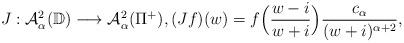
LaTeX: \begin{align*}J: \mathcal{A}_{\alpha}^2 (\mathbb{D}) \longrightarrow \mathcal{A}_{\alpha}^2 ( \Pi^+), (Jf)(w)= f \Big( \frac{w-i}{w+i}\Big)\frac{c_{\alpha}}{(w+i)^{\alpha +2}},\end{align*}